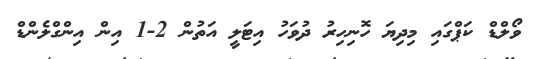
ވޯލްޑް ކަޕްގައި މިދިޔަ ހޮނިހިރު ދުވަހު އިޓަލީ އަތުން 2-1 އިން އިންގްލެންޑް